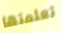
تعلمتها